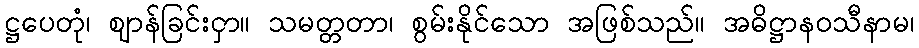
ဋ္ဌပေတုံ၊ ဈာန်ခြင်းငှာ။ သမတ္တတာ၊ စွမ်းနိုင်သော အဖြစ်သည်။ အဓိဋ္ဌာနဝသီနာမ၊